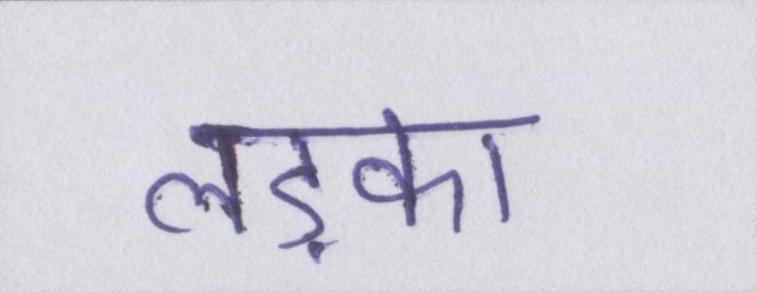
लड़का